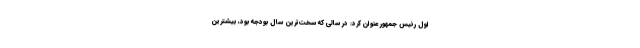
اول رئیس جمهور عنوان کرد: در سالی که سخت‌ترین سال بودجه بود، بیشترین